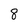
Character: 8